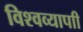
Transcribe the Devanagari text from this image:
विश्वव्यापाी